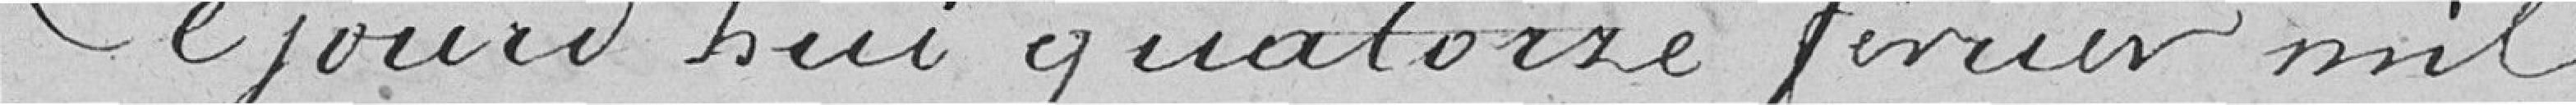
Ce jourd'hui quatorze février mil